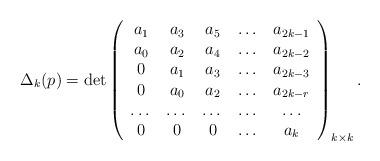
LaTeX: \begin{align*} \Delta_k(p)= \det \left( \begin{array}{ccccc} a_1 & a_3 & a_5 & \dots & a_{2k-1}\\ a_0 & a_2 & a_4 & \dots & a_{2k-2}\\ 0 & a_1 & a_3 & \dots & a_{2k-3}\\ 0 & a_0 & a_2 & \dots & a_{2k-r}\\ \dots&\dots&\dots& \dots & \dots\\ 0 & 0 & 0 & \dots & a_{k}\\ \end{array}\right)_{k\times k}.\end{align*}